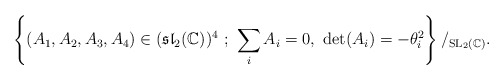
\begin{align*}\left\{(A_1,A_2,A_3,A_4)\in(\mathfrak{sl}_2(\mathbb C))^4\ ;\ \sum_iA_i=0,\ \det(A_i)=-\theta_i^2\right\}/_{\mathrm{SL}_2(\mathbb C)}.\end{align*}